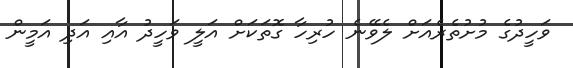
ވަހީދުގެ މުށުތެރެއަށް ލެވޭނެ ހުރިހާ ގޮތަކަށް އަލީ ވަހީދު އާއި އަދި އަމީން